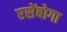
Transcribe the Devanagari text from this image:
एसेंबोगा